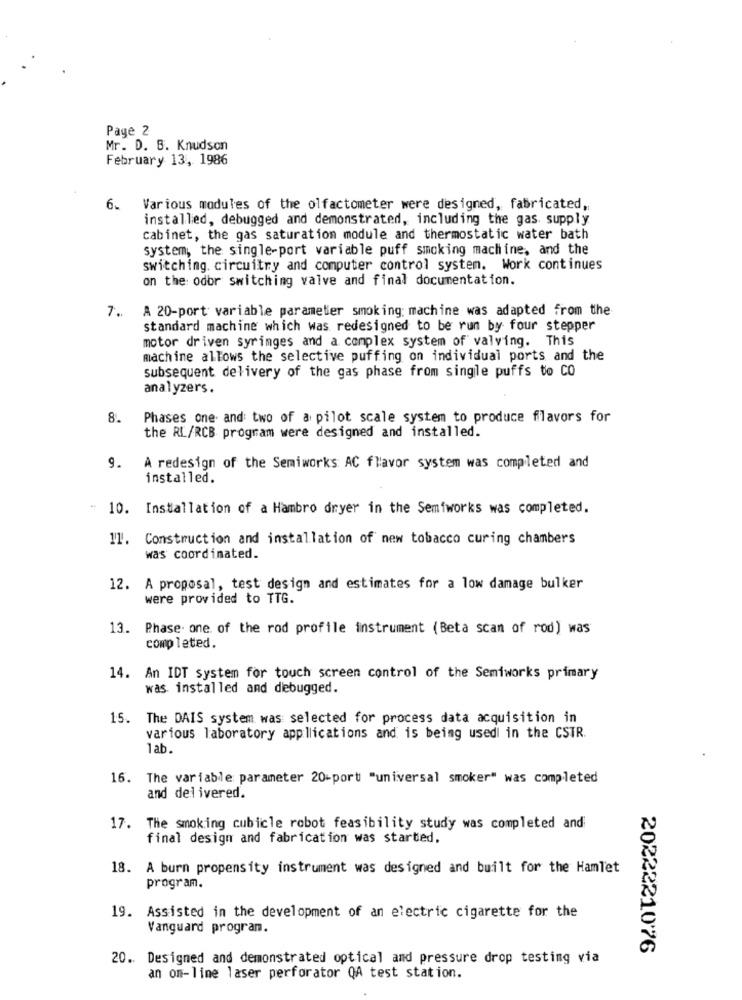
Page 2
Mr. D. B. Knudsen
February 13, 1986
6.
Various modules of the olfactometer were designed, fabricated,
installed, debugged and demonstrated, including the gas supply
cabinet, the gas saturation module and thermostatic water bath
system, the single-port variable puff smoking machine, and the
switching. circuitry and computer control system. Work continues
on the: odbr switching valve and final documentation.
A 20-port variable parameter smoking: machine was adapted from the
7.
standard machine which was redesigned to be run by four stepper
motor driven syringes and a complex system of valving. This
machine allows the selective puffing on individual ports and the
subsequent delivery of the gas phase from single puffs to CO
analyzers.
8.
Phases one and two of a pilot scale system to produce flavors for
the RL/RCB program were designed and installed.
9. A redesign of the Semiworks AC flavor system was completed and
installed.
10. Installation of a Hambro dryer in the Semiworks was completed.
11. Construction and installation of new tobacco curing chambers
was coordinated.
12. A proposal, test design and estimates for a low damage bulker
were provided to TTG.
13. Phase one of the rod profile instrument (Beta scan of rod) was
completed.
14. An IDT system for touch screen control of the Semiworks primary
was installed and diebugged.
15. The DAIS system was selected for process data acquisition in
various laboratory applications and is being used in the CSTR.
lab.
16. The variable parameter 20-port "universal smoker" was completed
and delivered.
17. The smoking cubicle robot feasibility study was completed and
final design and fabrication was started.
18. A burn propensity instrument was designed and built for the Hamlet
program.
19. Assisted in the development of an electric cigarette for the
Vanguard program.
20222210'76
20. Designed and demonstrated optical and pressure drop testing via
an on-line laser perforator QA test station.